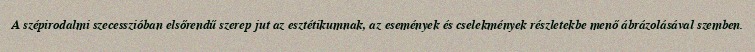
A szépirodalmi szecesszióban elsőrendű szerep jut az esztétikumnak, az események és cselekmények részletekbe menő ábrázolásával szemben.